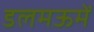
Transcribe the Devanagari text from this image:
डलमऊमें